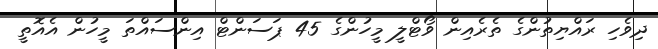
ދިވެހި ރައްޔިތުންގެ ތެރެއިން ވޯޓްލީ މީހުންގެ 45 ޕަސަންޓް އިންސައްތަ މީހުން އެއޮތީ